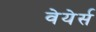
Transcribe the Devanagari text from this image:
वेयेर्स